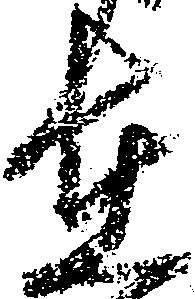
在